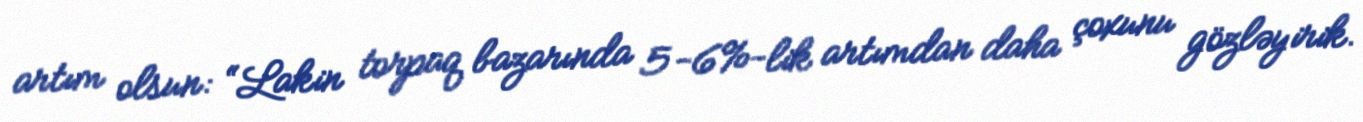
artım olsun: “Lakin torpaq bazarında 5-6%-lik artımdan daha çoxunu gözləyirik.